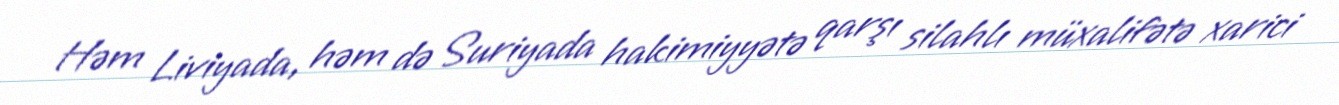
Həm Liviyada, həm də Suriyada hakimiyyətə qarşı silahlı müxalifətə xarici